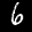
Label: 6